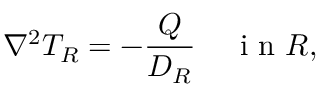
\nabla ^ { 2 } T _ { R } = - \frac { Q } { D _ { R } } \; \; \; \; \mathrm { ~ i ~ n ~ } R ,